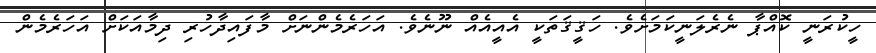
ހީކުރަނީ ކޮއްޕާ ނެރެލަނީކަމަށެވެ. ހަޤީޤަތަކީ އެއީއެއް ނޫނެވެ. އަހަރެމެންނަށް މާފައިދާހުރި ދިމާއަކަށް އަހަރެމެން